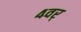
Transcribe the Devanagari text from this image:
४वर्